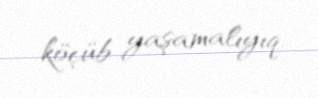
köçüb yaşamalıyıq.